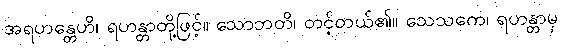
အရဟန္တေဟိ၊ ရဟန္တာတို့ဖြင့်။ သောဘတိ၊ တင့်တယ်၏။ သေသကေ၊ ရဟန္တာမှ